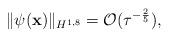
LaTeX: \begin{align*} \| \psi(\mathbf x) \|_{H^{1,8}} = \mathcal O(\tau^{-\frac{2}{5}}), \end{align*}